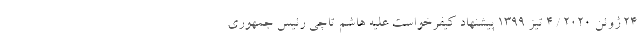
۲۴ ژوئن ۲۰۲۰ / ۴ تیز ۱۳۹۹ پیشنهاد کیفرخواست علیه هاشم تاچی رئیس جمهوری